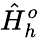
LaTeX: \hat{H}_{h}^{o}